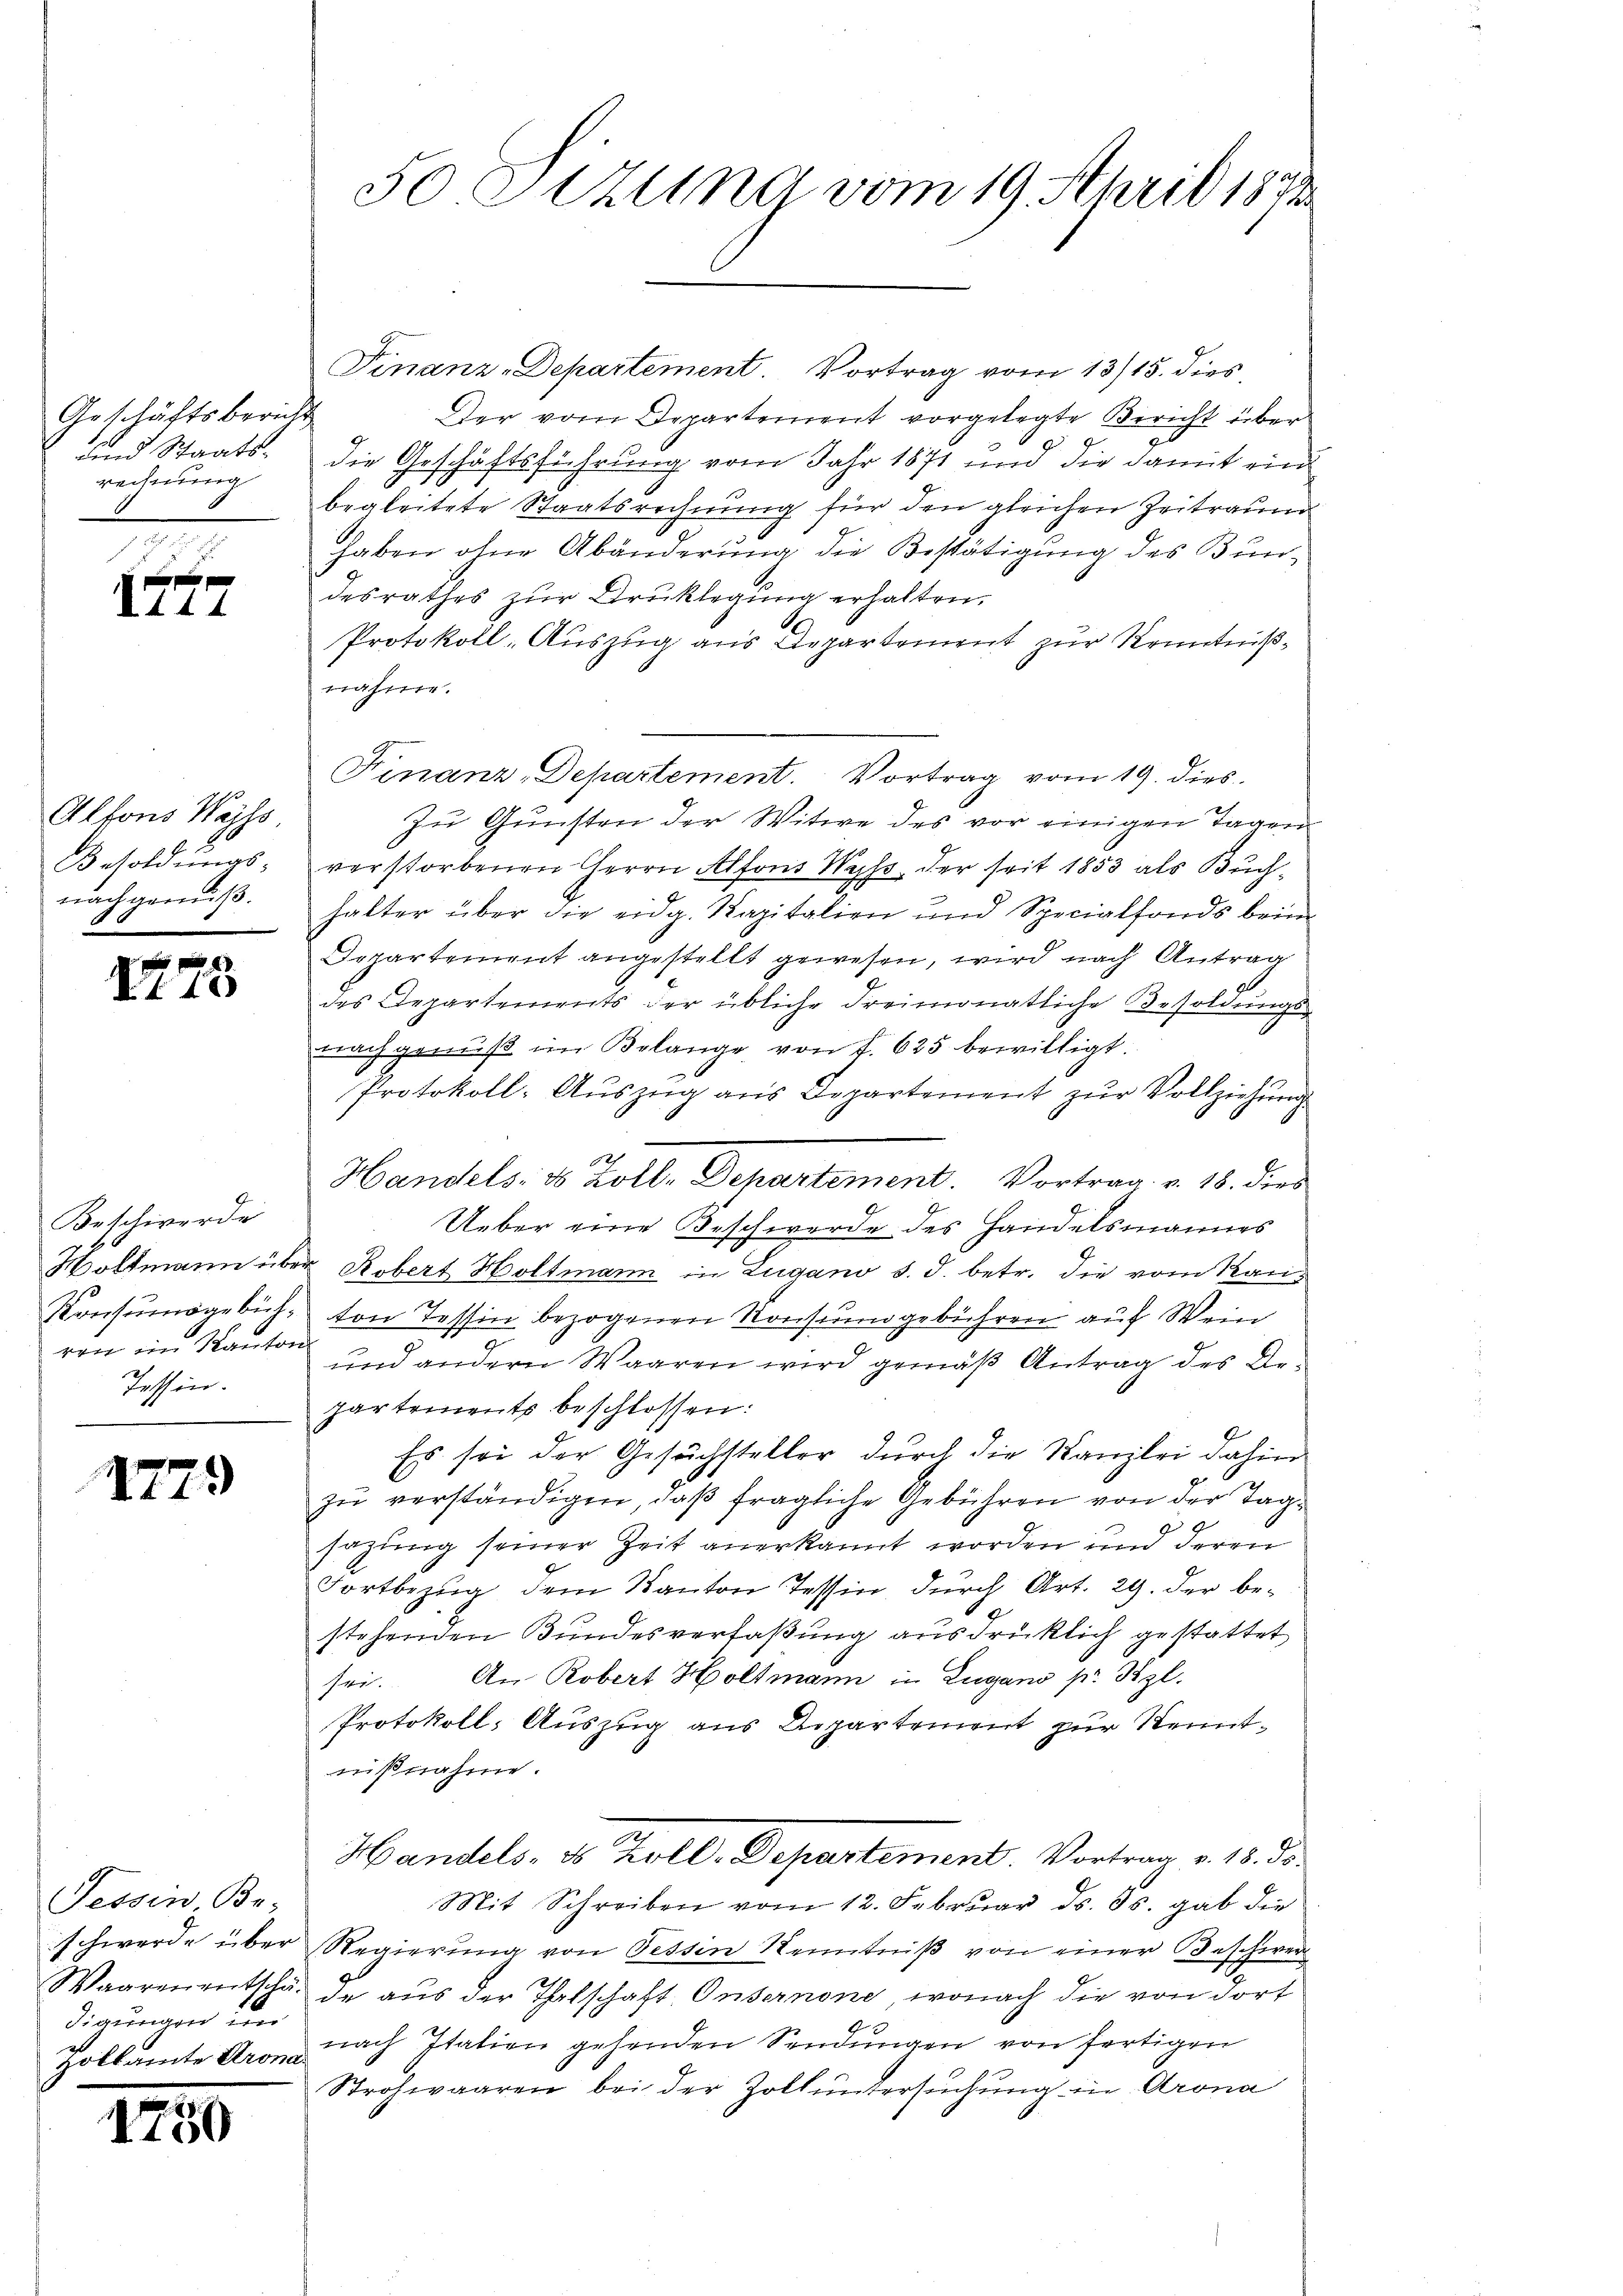
Geschäftsbericht
und Staatsrechnung

1747

Alfons Wass
Besoldungs-
nachgemäß.

1 f 0
AL 18

Beschwerde
Woltmann über
Konsumsgebüh-
ren im Kanton
Tessin.

1779

Sessen Br
schwerde über
Waarenentschä
digungen und
zolkamte Krona.

1750

50 Stzung vom 19. April 1872

Der vom Departement vorgelegte Bericht über
die Geschäftsführung vom Jahr 1871 und die damit ein
begleitete Staatsrechnung für den gleichen Zeitraum
haben ohne Abänderung die Bestätigung des Bundesrathes zur Drucklegung erhalten.
Protokoll-Auszug aus Departement zur Kenntnißwähme.
Finanz-Departement. Vortrag vom 19. dies
Zu Gunsten der Witwe des vor einigen Tagen
verstorbenen Herrn Alfons Wyss, der seit 1853 als Buchhalter über die eidg. Kapitalien und Specialfonds beim
Departement angestellt gewesen, wird nach Antrag
des Departements der übliche Freimonatliche Besoldungs-
nachgenuß im Belange von f. 625 bewilligt.
Protokoll-Aŭszŭg ans Departement zŭr Vollziehŭng
12
Handels- & Zoll. Departement. Vortrag v. 18. dies
Ueber eine Beschwerde des Handelsmannes
" Robert Holtmann in Lugano d. J. betr. die vom Kanton Tessin bezogenen Konsungebühren auf Wein
und andern Waaren wird gemäß Antrag des Arpartements beschlossen:
.
Es sei der Gesuchsteller durch die Kanzlei dahin
zu verständigen, daß fragliche Gebühren von der Tagsazung seiner Zeit anerkannt worden und deren
Fortbezug dem Kanton Tessin durch Art. 29. der bestehenden Bundesverfaßung ausdrücklich gestattet
sei. An Robert Holtmann in Lugano pr. Szl.
Protokoll- Auszug aus Departement zur Kenntnißnahme.
Handels- & Zoll-Departement. Vortrag v. 18. ds.
Mit Schreiben vom 12. Februar ds. Js. gab die
Regierŭng von Fessen Kenntniß von einer Beschwer
de aus der Thalschaft Onsernone, wonach die von dort
nach Italien gehenden Sendungen von fertigen
Strohwaaren bei der Zoll untersuchung in Arona

Finanz-Departement Vortrag vom 13/15. dies